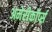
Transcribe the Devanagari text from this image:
अमेरीकॉर्प्स